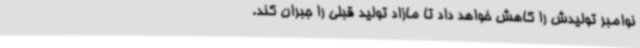
نوامبر تولیدش را کاهش خواهد داد تا مازاد تولید قبلی را جبران کند.